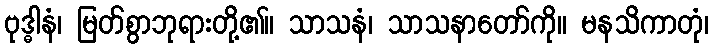
ဗုဒ္ဓါနံ၊ မြတ်စွာဘုရားတို့၏။ သာသနံ၊ သာသနာတော်ကို။ မနသိကာတုံ၊